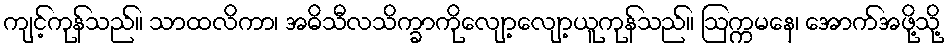
ကျင့်ကုန်သည်။ သာထလိကာ၊ အဓိသီလသိက္ခာကိုလျော့လျော့ယူကုန်သည်။ ဩက္ကမနေ၊ အောက်အဖို့သို့